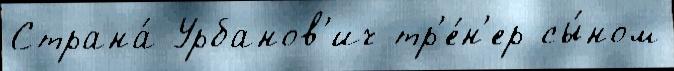
Страна́ Урбанов'ич тр'е́н'ер сы́ном